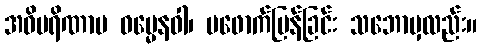
အဝိပရိဏာမ ဓမ္မေနဝါ၊ မဖောက်ပြန်ခြင်း သဘောမှလည်း။